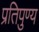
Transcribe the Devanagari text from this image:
प्रतिपुण्य